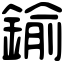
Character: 鍮